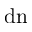
\mathrm { d n }